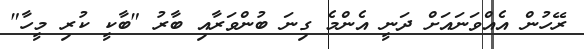
ރޭހުން އެއްވަނައަށް ދަނީ އެންމެ ގިނަ ބުންވަރާއި ބާރު "ބާކީ ކުރި މީހާ"